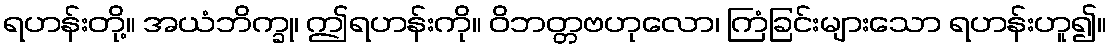
ရဟန်းတို့။ အယံဘိက္ခု၊ ဤရဟန်းကို။ ဝိဘတ္တဗဟုလော၊ ကြံခြင်းများသော ရဟန်းဟူ၍။